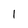
Character: 1